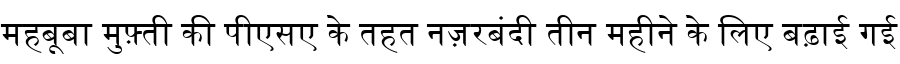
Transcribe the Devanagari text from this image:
महबूबा मुफ़्ती की पीएसए के तहत नज़रबंदी तीन महीने के लिए बढ़ाई गई